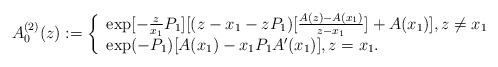
LaTeX: \begin{align*} A_0^{(2)}(z):= \left\{ \begin{array}{ll} \exp[-\frac{z}{x_1}P_1][(z-x_1-zP_1)[\frac{A(z)-A(x_1)}{z-x_1}]+A(x_1)] , z \neq x_1 \\ \exp(-P_1)[A(x_1)-x_1P_1A'(x_1)] , z = x_1. \end{array} \right.\end{align*}